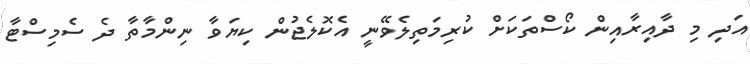
އަދި މި ދާއިރާއިން ކޯސްތަކަށް ކުރިމަތިލެވޭނީ އެކޮލެޖުން ކިޔަވާ ނިންމާތާ ދެ ސެމިސްޓާ